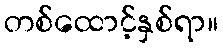
တစ်ထောင့်နှစ်ရာ။